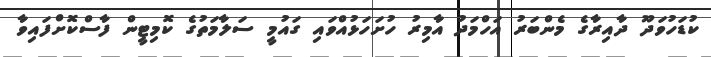
ކުޑަހުވަދޫ ދާއިރާގެ މެންބަރު އަހްމަދު އާމިރު ހުށަހަޅުއްވައި ގައުމީ ސަލާމަތުގެ ކޮމިޓީން ފާސްކޮށްފައިވާ